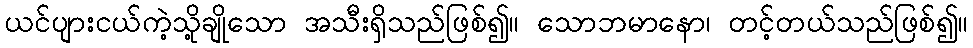
ယင်ပျားငယ်ကဲ့သို့ချိုသော အသီးရှိသည်ဖြစ်၍။ သောဘမာနော၊ တင့်တယ်သည်ဖြစ်၍။